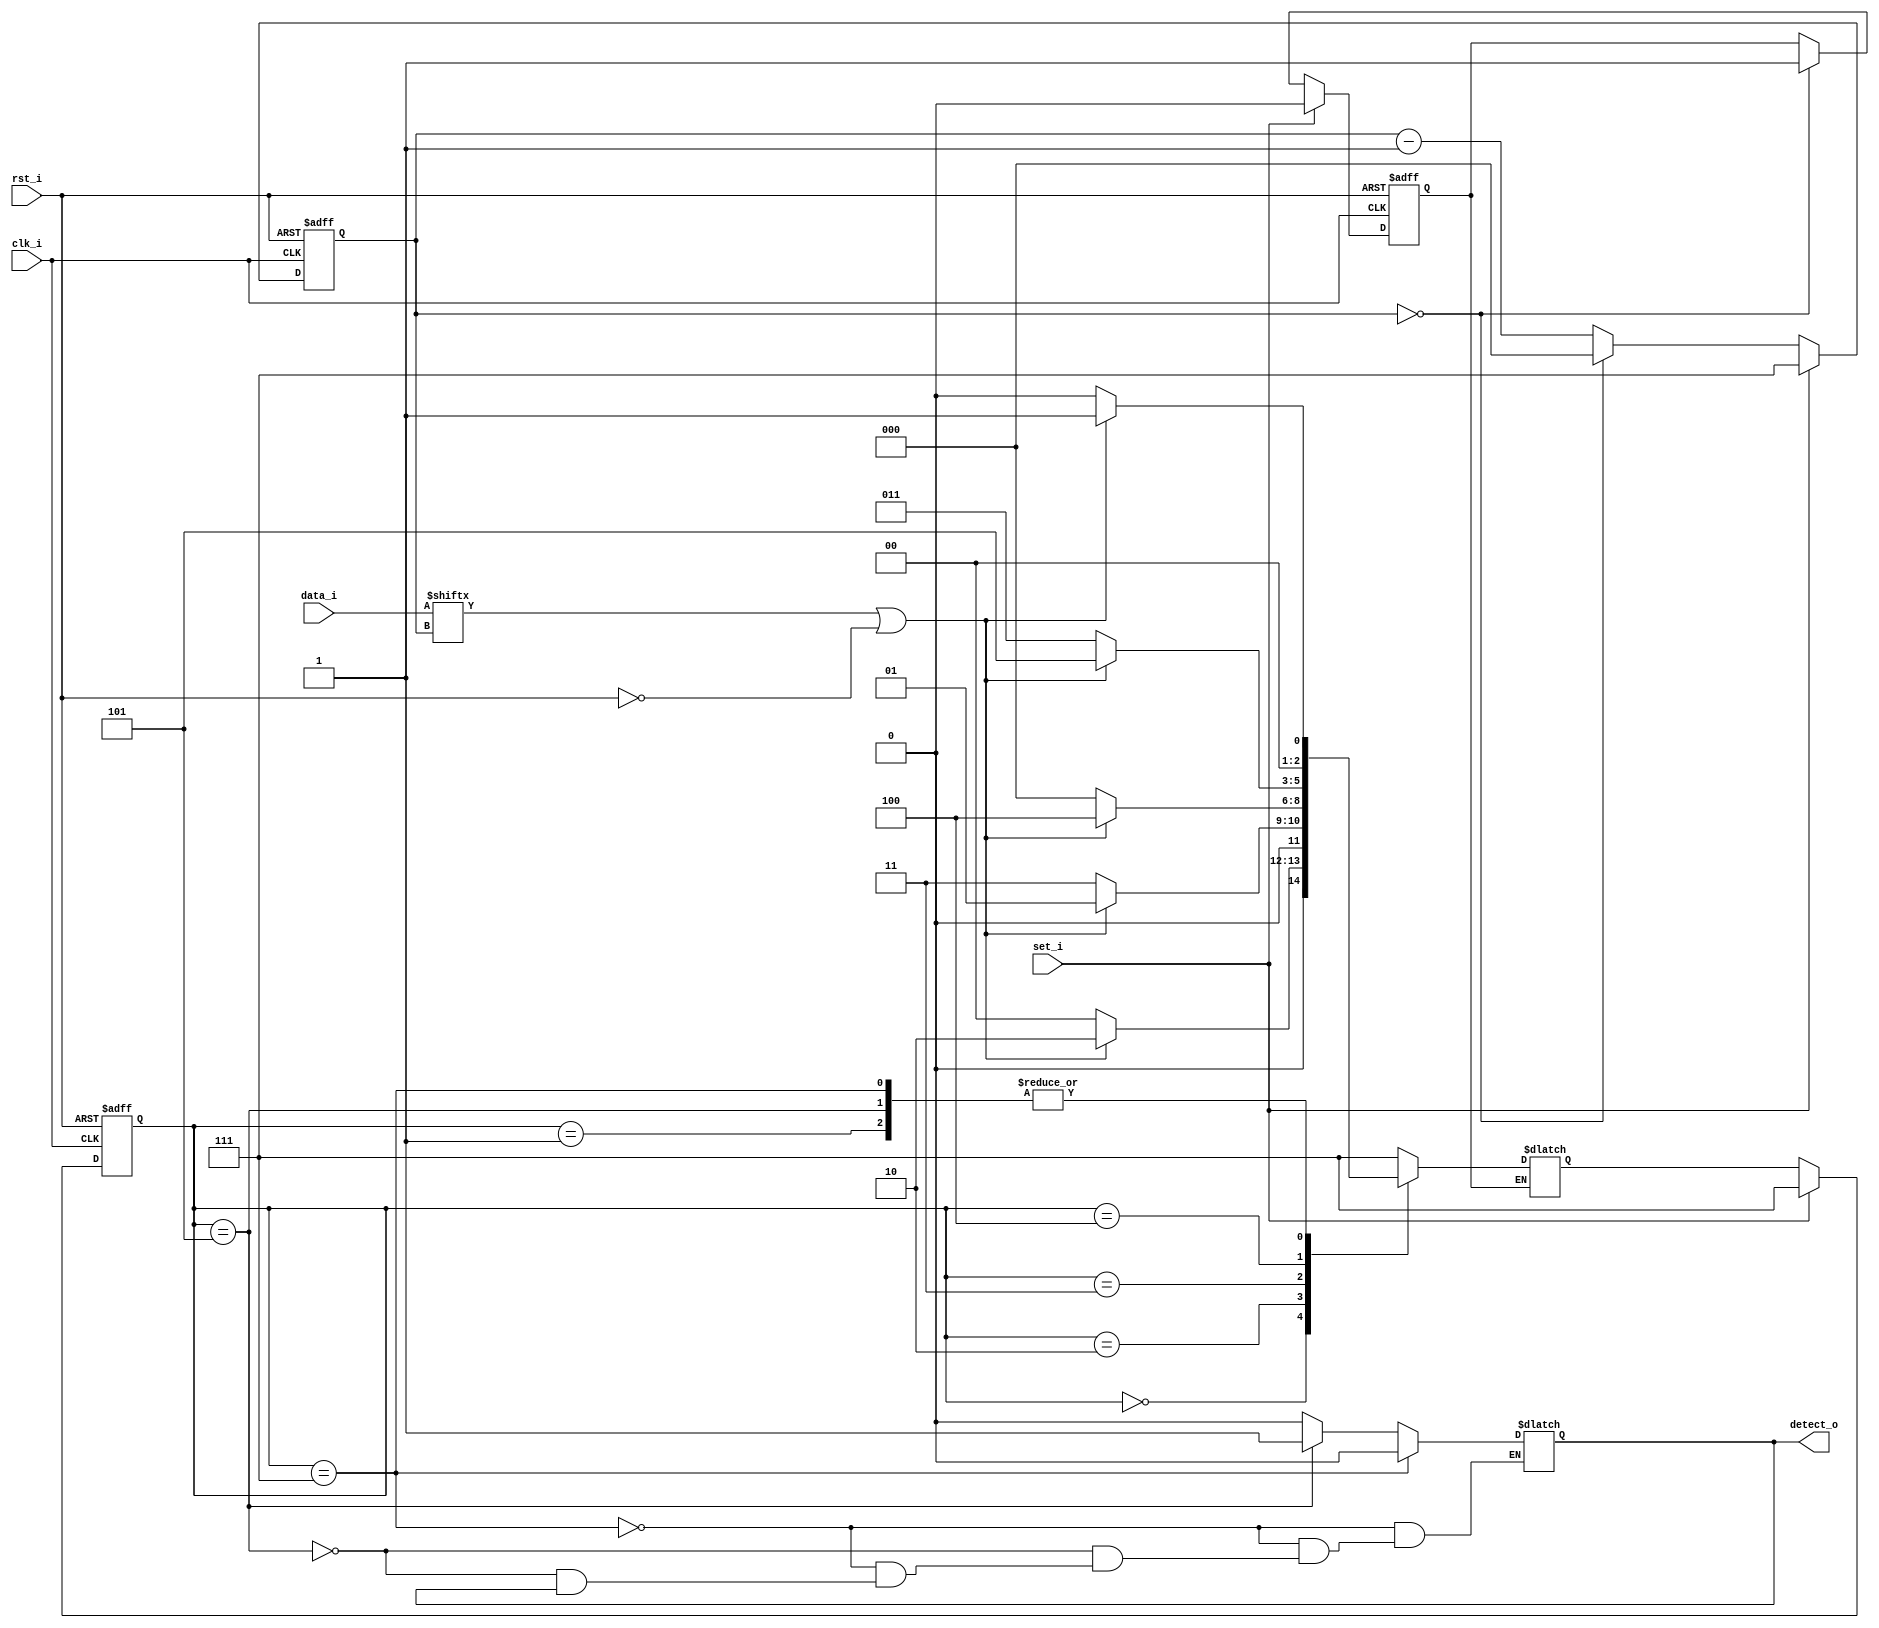
`timescale 1ns / 1ps
//////////////////////////////////////////////////////////////////////////////////
// Company: 
// Engineer: 
// 
// Design Name: 
// Module Name: state_machine_moor
// Project Name: 
// Target Devices: 
// Tool Versions: 
// Description: 
// 
// Dependencies: 
// 
// Revision:
// Revision 0.01 - File Created
// Additional Comments:
// 
//////////////////////////////////////////////////////////////////////////////////
module state_machine_moor(
    input rst_i,
    input clk_i,
    input set_i,
    input [7:0] data_i,
    output reg detect_o
    );
    
     // 
    parameter s0 = 3'b000;
    parameter s1 = 3'b001;
    parameter s2 = 3'b010;
    parameter s3 = 3'b011;
    parameter s4 = 3'b100;
    parameter s5 = 3'b101;
    parameter init = 3'b111;   // 
    // 
    reg[2:0] current_state;
    reg[2:0] next_state;
    reg [2:0] counter;
    reg finish;  // 
    wire din;   //
    wire rst;  //
    
    assign din = data_i[counter] || rst;
    assign rst = ~rst_i;   //rst
    // 
    always @ (current_state) begin   // 
        if(current_state == init)   // 
            detect_o = 1'b0;
        else if(current_state == s5)  // s5
            detect_o = 1'b1;
        else if(detect_o == 1'b1)  // 
            detect_o = detect_o;
        else
            detect_o = 1'b0;
    end

    // 81
    always @ (posedge clk_i or posedge rst) begin
        if(rst == 1'b1) begin  // rst
            finish <= 1'b0;
            counter <= 3'b000;
        end
        else if(clk_i == 1'b1) begin  // 
            if(set_i == 1'b1) begin  //set,7
                counter <= 3'b111;
                finish <= 1'b0;
            end
            else if(counter == 3'b000) begin  //
                counter <= 3'b000;
                finish <= 1'b1;
            end
            else                         // 
                counter <= counter - 1'b1;
        end
        else;
    end

    //  next_state
    always @ (current_state, din, finish) begin
        if(finish == 1'b1)  // ,
            next_state = next_state;
        else begin
            case(current_state)
                init: next_state = (din == 1'b0)?s0:s1;
                s0: next_state = (din == 1'b0)?s0:s2;
                s1: next_state = (din == 1'b0)?s0:s1;
                s2: next_state = (din == 1'b0)?s3:s1;
                s3: next_state = (din == 1'b0)?s0:s4;
                s4: next_state = (din == 1'b0)?s3:s5;
                s5: next_state = (din == 1'b0)?s0:s1;
            default: next_state = init;
            endcase
        end
    end

    //  current_state
    always @ (posedge clk_i 
              or posedge rst) begin
        if(rst == 1'b1)
            current_state <= init;
        else if(clk_i == 1'b1) begin
            if(set_i == 1'b1)
                current_state <= init;
            else
                current_state <= next_state;    
        end
    end
endmodule